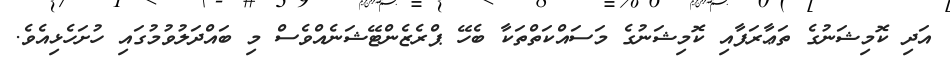
އަދި ކޮމިޝަނުގެ ތަޢާރަފާއި ކޮމިޝަނުގެ މަސައްކަތްތަކާ ބެހޭ ޕްރެޒެންޓޭޝަނެއްވެސް މި ބައްދަލުވުމުގައި ހުށަހެޅިއެވެ.